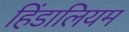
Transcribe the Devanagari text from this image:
हिंडालियम